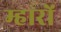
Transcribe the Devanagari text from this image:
म्हारों